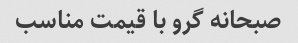
صبحانه گرو با قیمت مناسب